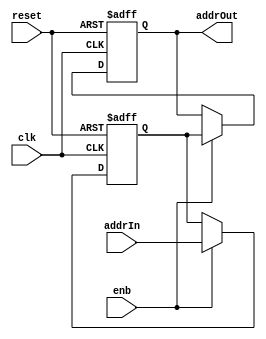
// -------------------------------------------------------------
// 
// 
// Generated by MATLAB 9.8 and HDL Coder 3.16
// 
// -------------------------------------------------------------


// -------------------------------------------------------------
// 
// Module: pass_block
// Source Path: NRPolarEncodeHDL/HDL Algorithm/NR Polar Encoder/frameMap/addrTranslate/pass
// Hierarchy Level: 4
// 
// -------------------------------------------------------------

`timescale 1 ns / 1 ns

module pass_block
          (clk,
           reset,
           enb,
           addrIn,
           addrOut);


  input   clk;
  input   reset;
  input   enb;
  input   [9:0] addrIn;  // ufix10
  output  [9:0] addrOut;  // ufix10


  reg [9:0] Delay_reg [0:1];  // ufix10 [2]
  wire [9:0] Delay_reg_next [0:1];  // ufix10 [2]
  wire [9:0] Delay_out1;  // ufix10


  always @(posedge clk or posedge reset)
    begin : Delay_process
      if (reset == 1'b1) begin
        Delay_reg[0] <= 10'b0000000000;
        Delay_reg[1] <= 10'b0000000000;
      end
      else begin
        if (enb) begin
          Delay_reg[0] <= Delay_reg_next[0];
          Delay_reg[1] <= Delay_reg_next[1];
        end
      end
    end

  assign Delay_out1 = Delay_reg[1];
  assign Delay_reg_next[0] = addrIn;
  assign Delay_reg_next[1] = Delay_reg[0];



  assign addrOut = Delay_out1;

endmodule  // pass_block